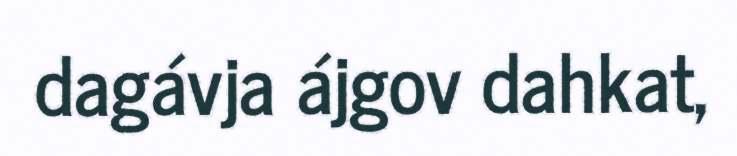
dagávja ájgov dahkat,